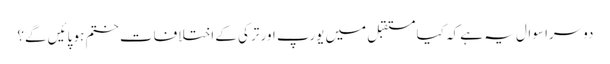
دوسرا سوال یہ ہے کہ کیا مستقبل میں یورپ اور ترکی کے اختلافات ختم ہو پائیں گے؟